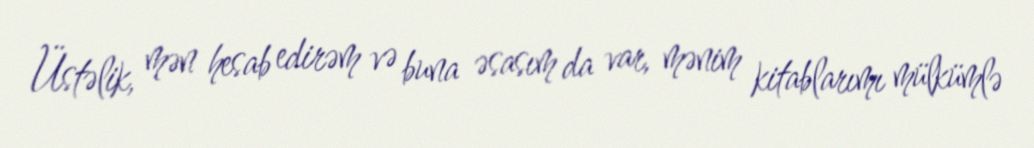
Üstəlik, mən hesab edirəm və buna əsasım da var, mənim kitablarımı mülkümlə